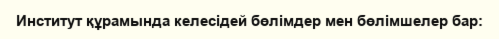
Институт құрамында келесідей бөлімдер мен бөлімшелер бар: